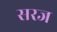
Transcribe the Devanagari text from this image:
सरज